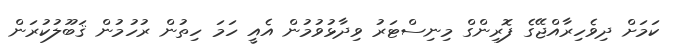
ކަމަށް ދިވެހިރާއްޖޭގެ ފޮރިންގް މިނިސްޓަރު ވިދާޅުވުމުން އެއީ ހަމަ ހިތުން ރުހުމުން ޤަބޫލުކުރަން